Report on vaccination in Madras 1895-1903 - 1895-1903
Year: 1895
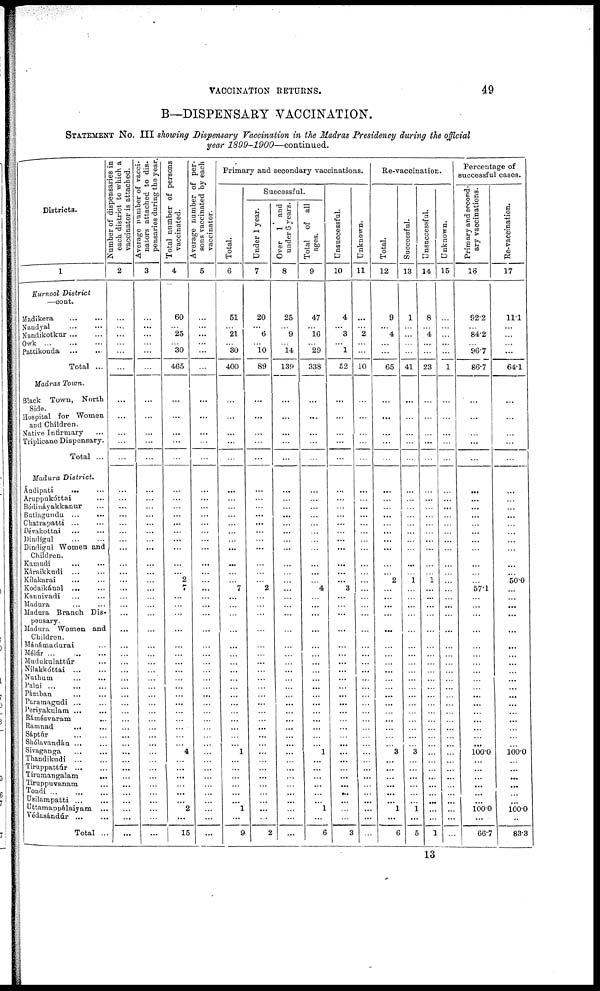
VACCINATION RETURNS.
49
B—DISPENSARY VACCINATION.
STATEMENT NO. III showing Dispensary Vaccination in the Madras Presidency during the official
year
1899-1900—continued.
Districts.
1
Kurnool District
—cont.
Madikera
...
...
Nandyal
...
...
Nandikotkur ... ...
Owk
...
...
...
Pattikonda
...
...
Total ...
Madras Town.
Black Town, North
Side.
Hospital for Women
and Children.
Native Infirmary ...
Triplicane Dispensary.
Total ...
Madura District.
Ándipati
... ...
Aruppakóttai ...
Bódináyakkanur ...
Butlagundu ...
...
Chatrapatti ... ...
Dévakottai ... ...
Dinrligul ... ...
Dindignl Women and
Children.
Kamudi ... ...
Káraikkudi ... ...
Kílakarai
... ...
Kodaikánal ... ...
Kannivadi ... ...
Madura ... ...
Madura Branch Dis-
pensary.
Madura Women and
Children.
Mánámadurai ...
Mé1úr
...
...
...
Mudukulattúr ...
Nilakkóttai ... ...
Nuthum
...
...
Palai
...
...
...
Pámban ... ...
Paramagudi ... ...
Periyaknlam ... ...
Rámésvaram
...
Ramnad
...
...
Saptúr
...
...
Shólavandán ... ...
Sivaganga ... ...
Thandikudi
...
...
Tiruppattúr...
...
Tirumangalam
...
Tiruppnvanam ...
Tondi
...
...
...
Usilampatti
...
...
Uttamappàlaiyam ...
Védasándúr
...
...
Total ...
Number of dispensaries in
each district to which a
vaccinator is attached.
2
...
...
...
...
...
...
...
...
...
...
...
...
...
...
...
...
...
...
...
...
...
...
...
...
...
...
...
...
...
...
...
...
...
...
...
...
...
...
...
...
...
...
...
...
...
...
...
...
...
...
Average number of vacci-
nators attached to dis¬
pensaries during the year.
3
...
...
...
...
...
...
...
...
...
...
...
...
...
...
...
...
...
...
...
...
...
...
...
...
...
...
...
...
...
...
...
...
...
...
...
...
...
...
...
...
...
...
...
...
...
...
...
...
...
...
Total number of persons
vaccinated.
4
60
...
25
...
30
465
...
...
...
...
...
...
...
...
...
...
...
...
...
...
...
2
7
...
...
...
...
...
...
...
...
...
...
...
...
...
...
...
...
...
4
...
...
...
...
...
...
2
...
15
Average number of per-
sons vaccinated by each
vaccinator.
5
...
...
...
...
...
...
...
...
...
...
...
...
...
...
...
...
...
...
...
...
...
...
...
...
...
...
...
...
...
...
...
...
...
...
...
...
...
...
...
...
...
...
...
...
...
...
...
...
...
...
Primary and secondary vaccinations.
Total.
6
51
...
21
...
30
400
...
...
...
...
...
...
...
...
...
...
...
...
...
...
...
...
7
...
...
...
...
...
...
...
...
...
...
...
...
...
...
...
...
...
1
...
...
...
...
...
...
1
...
9
Successful.
Under 1 year.
7
20
...
6
...
10
89
...
...
...
...
...
...
...
...
...
...
...
...
...
...
...
...
2
...
...
...
...
...
...
...
...
...
...
...
...
...
...
...
...
...
...
...
...
...
...
...
...
...
...
2
Over 1 and
under 6 years.
8
25
...
9
...
14
139
...
...
...
...
...
...
...
...
...
...
...
...
...
...
...
...
...
...
...
...
...
...
...
...
...
...
...
...
...
...
...
...
...
...
...
...
...
...
...
...
...
...
...
...
Total of all
ages.
9
47
...
16
...
29
338
...
...
...
...
...
...
...
...
...
...
...
...
...
...
...
...
4
...
...
...
...
...
...
...
...
...
...
...
...
...
...
...
...
...
1
...
...
...
...
...
...
1
...
6
Unsuccessful.
10
4
...
3
...
1
52
...
...
...
...
...
...
...
...
...
...
...
...
...
...
...
...
3
...
...
...
...
...
...
...
...
...
...
...
...
...
...
...
...
...
...
...
...
...
...
...
...
...
...
3
Unknown.
11
...
...
2
...
...
10
...
...
...
...
...
...
...
...
...
...
...
...
...
...
...
...
...
...
...
...
...
...
...
...
...
...
...
...
...
...
...
...
...
...
...
...
...
...
...
...
...
...
...
...
Re-vaccination.
Total.
12
9
...
4
...
...
65
...
...
...
...
...
...
...
...
...
...
...
...
...
...
...
2
...
...
...
...
...
...
...
...
...
...
...
...
...
...
...
...
...
...
3
...
...
...
...
...
...
1
...
6
Successful.
13
1
...
...
...
...
41
...
...
...
...
...
...
...
...
...
...
...
...
...
...
...
1
...
...
...
...
...
...
...
...
...
...
...
...
...
...
...
...
...
...
3
...
...
...
...
...
...
1
...
5
Unsuccessful.
14
8
...
4
...
...
23
...
...
...
...
...
...
...
...
...
...
...
...
...
...
...
1
...
...
...
...
...
...
...
...
...
...
...
...
...
...
...
...
...
...
...
...
...
...
...
...
...
...
...
1
Unknown.
15
...
...
...
...
...
1
...
...
...
...
...
...
...
...
...
...
...
...
...
...
...
...
...
...
...
...
...
...
...
...
...
...
...
...
...
...
...
...
...
...
...
...
...
...
...
...
...
...
...
...
Percentage of
successful cases.
Primary and second-
ary vaccinations.
16
92.2
...
84.2
...
96.7
86.7
...
...
...
...
...
...
...
...
...
...
...
...
...
...
...
...
57.1
...
...
...
...
...
...
...
...
...
...
...
...
...
...
...
...
...
100.0
...
...
...
...
...
...
100.0
...
66.7
Re-vaccination.
17
11.1
...
...
...
...
64.1
...
...
...
...
...
...
...
...
...
...
...
...
...
...
...
50.0
...
...
...
...
...
...
...
...
...
...
...
...
...
...
...
...
...
...
100.0
...
...
...
...
...
...
100.0
...
83.3
13